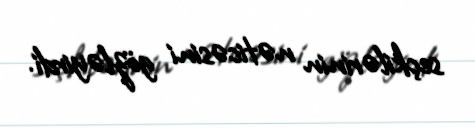
seçkilərinin nəticəsini gözləyirdi.